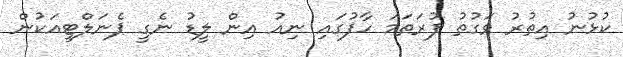
ކުޅުނު އިތުރު ވަގުތު ފުރަތަމަ ހާފުގައި ނިއު އިން ލީޑު ނެގީ ޕެނަލްޓީއަކުން